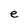
Character: e